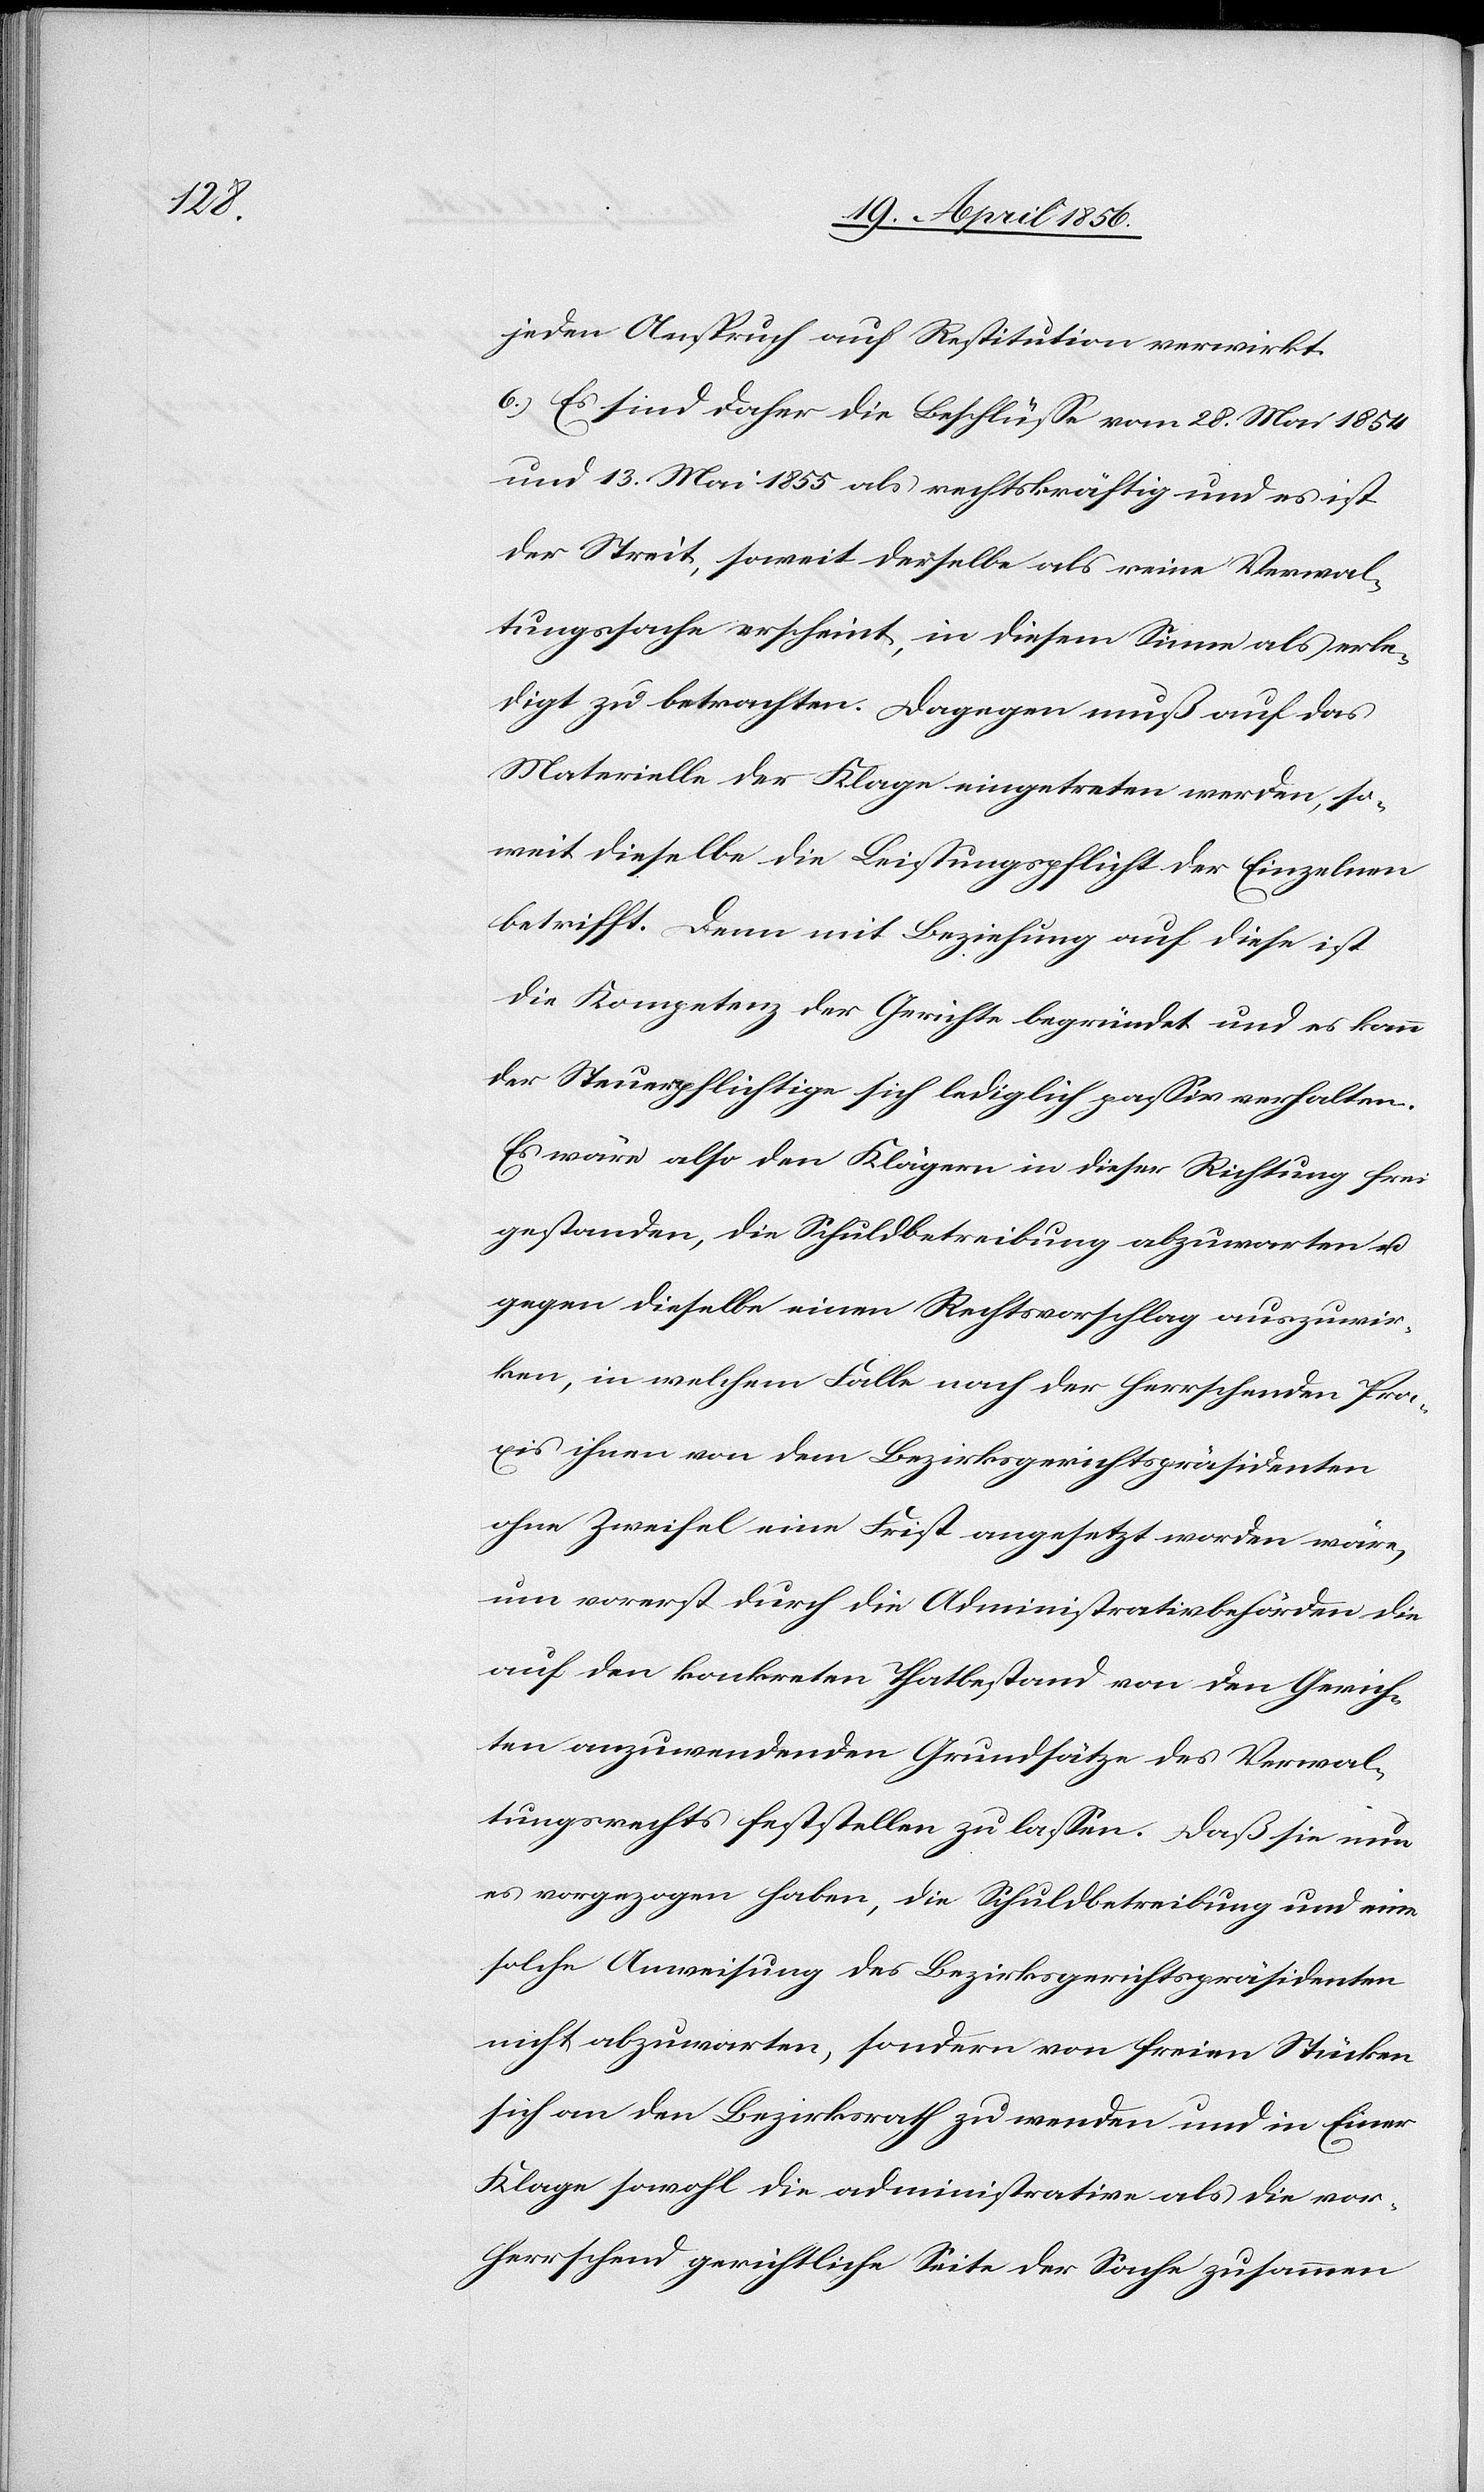
jeden Anspruch auf Restitution verwirkt.
6.) Es sind daher die Beschlüsse vom 28. Mai 1854
und 13. Mai 1855 als rechtskräftig und es ist
der Streit, soweit derselbe als reine Verwal¬
tungssache erscheint, in diesem Sinne als erle¬
digt zu betrachten. Dagegen muß auf das
Materielle der Klage eingetreten werden, so¬
weit dieselbe die Leistungspflicht der Einzelnen
betrifft. Denn mit Beziehung auf diese ist
die Kompetenz der Gerichte begründet und es kann
der Steuerpflichtige sich lediglich passiv verhalten.
Es wäre also den Klägern in dieser Richtung frei
gestanden, die Schuldbetreibung abzuwarten u.
gegen dieselbe einen Rechtsvorschlag auszuwir¬
ken, in welchem Falle nach der herrschenden Pra¬
xis ihnen von dem Bezirksgerichtspräsidenten
ohne Zweifel eine Frist angesetzt worden wäre,
um vorerst durch die Administrativbehörden die
auf den konkreten Thatbestand von den Gerich¬
ten anzuwendenden Grundsätze des Verwal¬
tungsrechts feststellen zu lassen. Daß sie nun
es vorgezogen haben, die Schuldbetreibung und eine
solche Anweisung des Bezirksgerichtspräsidenten
nicht abzuwarten, sondern von freien Stücken
sich an den Bezirksrath zu wenden und in Einer
Klage sowohl die administrative als die vor¬
herrschend gerichtliche Seite der Sache zusammen